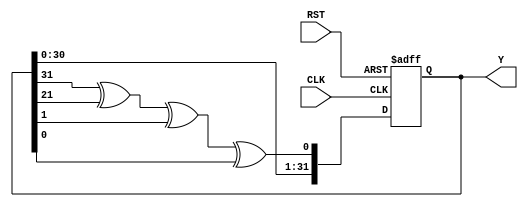
/********************************************************
/   32bit UNIFORM DISTRIBUTED RANDOM NUMBER GENERATOR   /
/                                                       /
/   Author: Mike Yuhas                                  /
/   Date:   2014-11-18                                  /
/                                                       /
/   Arguments:                                          /
/     CLK - Every rising edge a new output is produced  /
/   Returns:                                            /
/     Y - A uniformly distributed RV with 32bits        /
********************************************************/

module uniformRV32 ( RST, CLK, Y );
  
  input   CLK;
  input   RST;
  
  parameter SEED = 32'h0F0F0F0F;

  output reg [31:0]  Y;
  
  reg  [31:0] next;
  
  always@* begin
    next[31] = Y[30];
    next[30] = Y[29];
    next[29] = Y[28];
    next[28] = Y[27];
    next[27] = Y[26];
    next[26] = Y[25];
    next[25] = Y[24];
    next[24] = Y[23];
    next[23] = Y[22];
    next[22] = Y[21];
    next[21] = Y[20];
    next[20] = Y[19];
    next[19] = Y[18];
    next[18] = Y[17];
    next[17] = Y[16];
    next[16] = Y[15];
    next[15] = Y[14];
    next[14] = Y[13];
    next[13] = Y[12];
    next[12] = Y[11];
    next[11] = Y[10];
    next[10] = Y[9];
    next[9] = Y[8];
    next[8] = Y[7];
    next[7] = Y[6];
    next[6] = Y[5];
    next[5] = Y[4];
    next[4] = Y[3];
    next[3] = Y[2];
    next[2] = Y[1];
    next[1] = Y[0];
    next[0] = Y[31]^Y[21]^Y[1]^Y[0];
  end
  
  always@(posedge CLK or posedge RST) begin
    if (RST) begin
      Y <= SEED;
    end 
	 else begin
      Y <= next;
    end
  end
  
endmodule